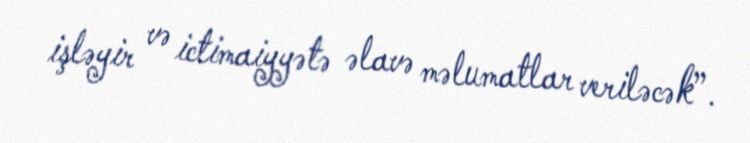
işləyir və ictimaiyyətə əlavə məlumatlar veriləcək”.